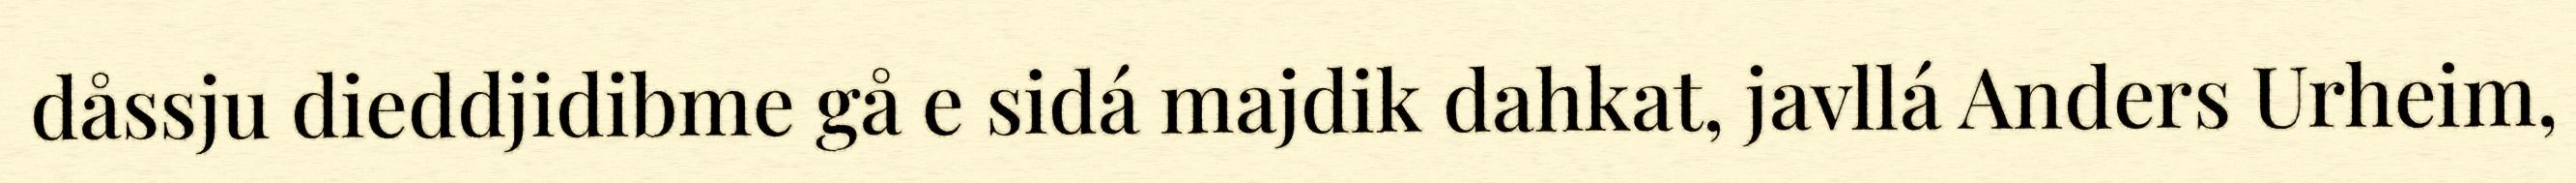
dåssju dieddjidibme gå e sidá majdik dahkat, javllá Anders Urheim,